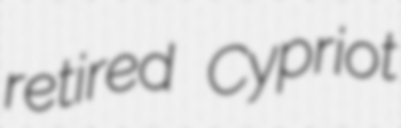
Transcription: retired Cypriot